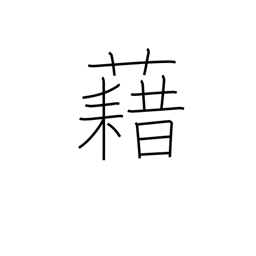
Meaning: carpet